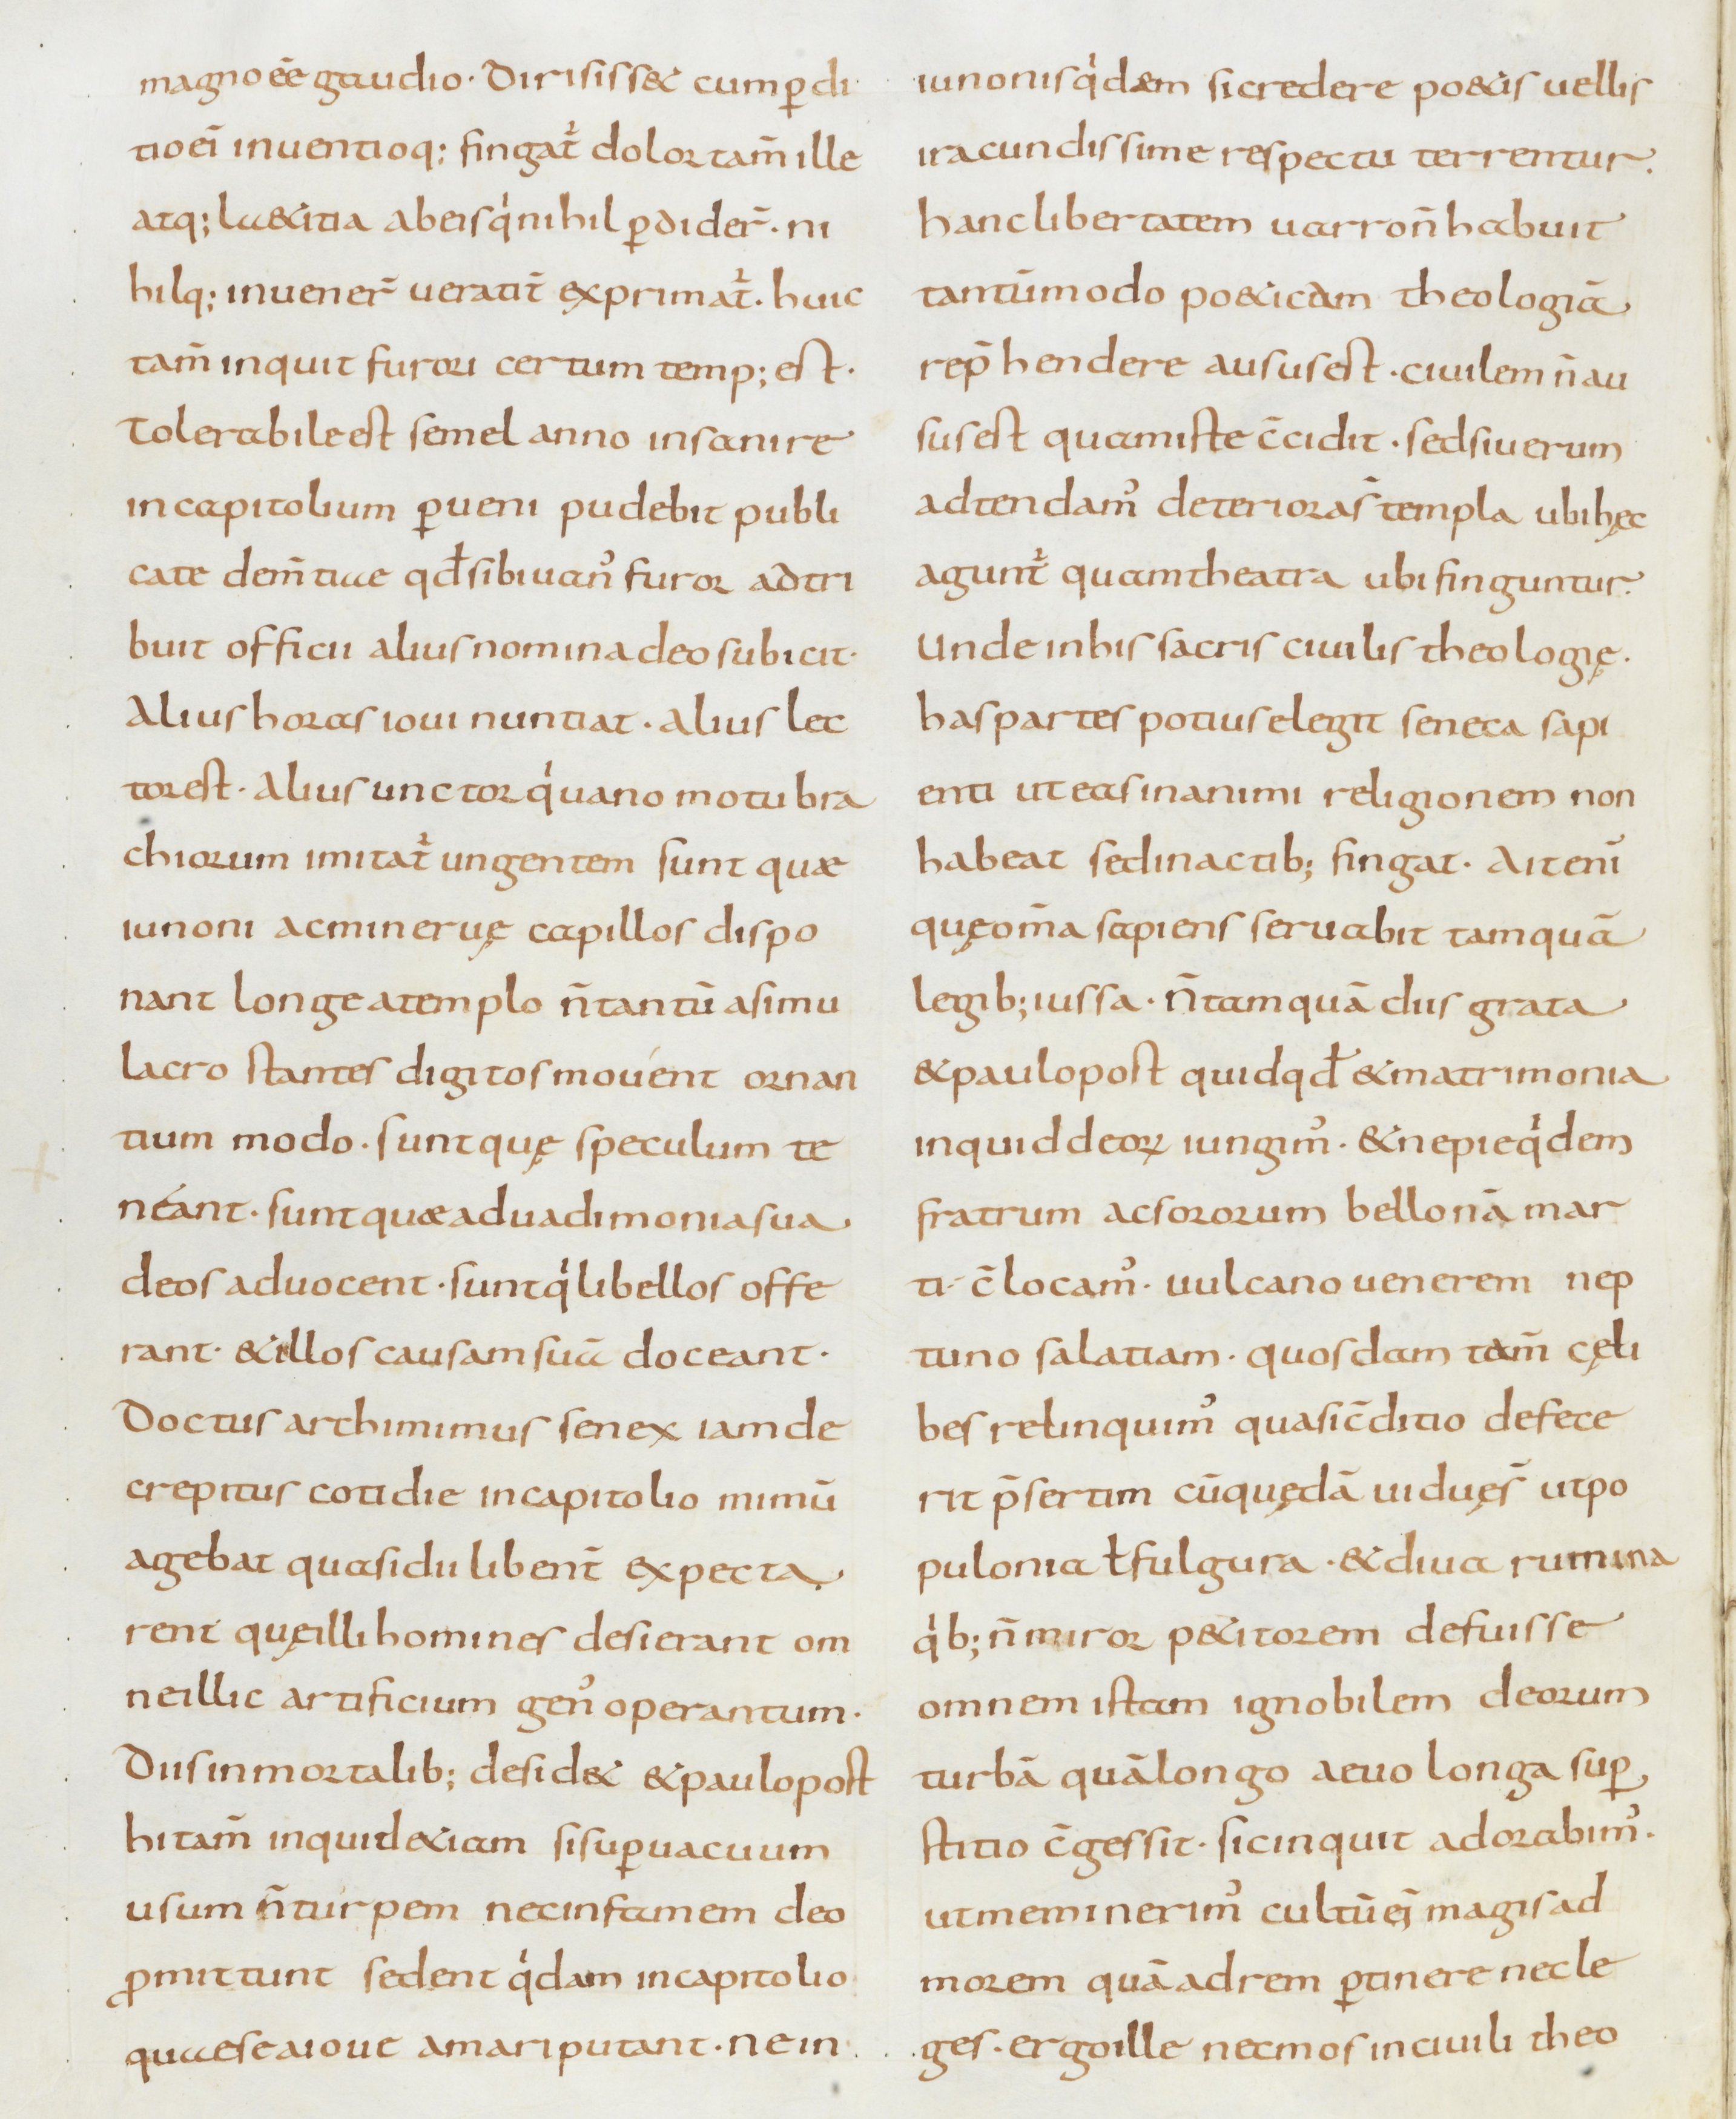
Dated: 800–899